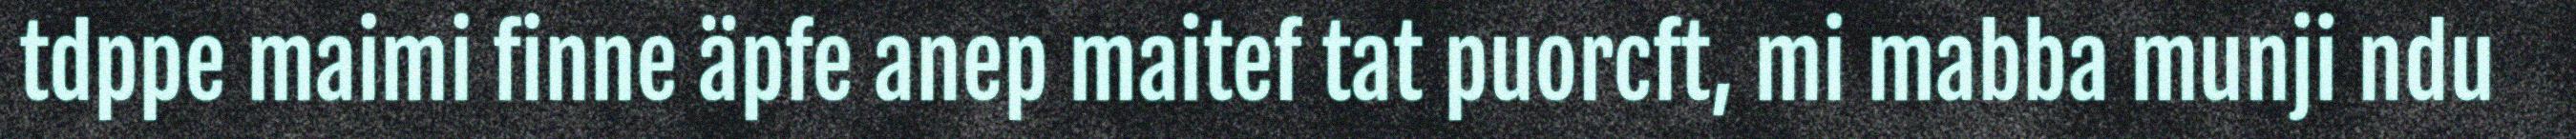
tdppe maimi finne äpfe anep maitef tat puorcft, mi mabba munji ndu